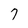
Character: 7